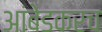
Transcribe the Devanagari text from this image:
आंबेडकरच